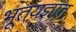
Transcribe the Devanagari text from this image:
भूतयज्ञात